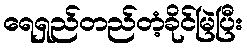
ရေရှည်တည်တံ့ခိုင်မြဲပြီး